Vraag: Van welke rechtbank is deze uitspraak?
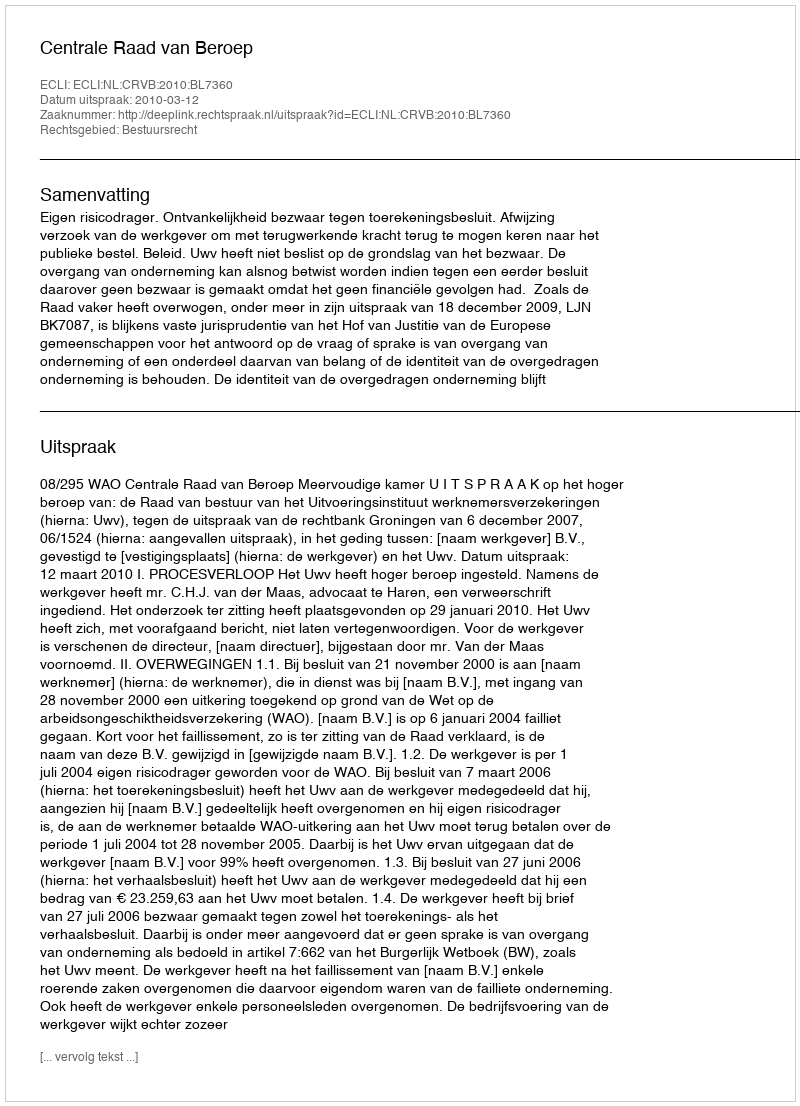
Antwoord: Centrale Raad van Beroep